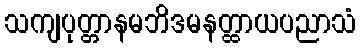
သကျပုတ္တာနမဘိဒမနတ္ထာယပညာသံ